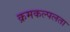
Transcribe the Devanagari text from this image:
क्रमकल्पलता